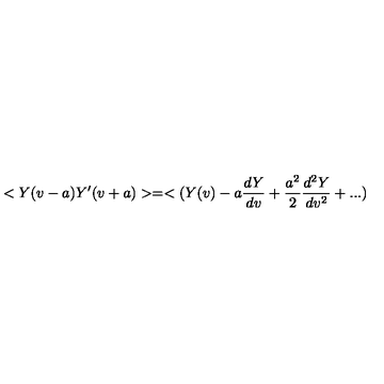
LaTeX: < Y ( v - a ) Y ^ { \prime } ( v + a ) > = < ( Y ( v ) - a { \frac { d Y } { d v } } + { \frac { a ^ { 2 } } { 2 } } { \frac { d ^ { 2 } Y } { d v ^ { 2 } } } + . . . )